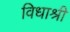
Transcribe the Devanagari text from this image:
विधाश्री